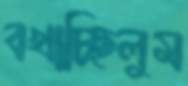
বখাচ্ছিলুম